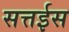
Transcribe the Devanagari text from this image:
सत्तईस